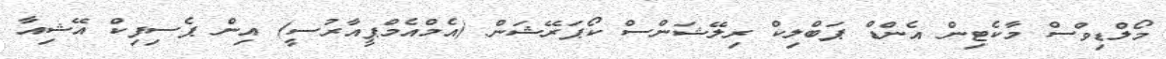
މޯލްޑިވްސް މާކެޓިން އެންޑް ޕަބްލިކް ރިލޭޝަންސް ކޯޕަރޭޝަން (އެމްއެމްޕީއާރުސީ) އިން ޕެސިފިކް އޭޝިއާ